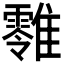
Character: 𩁎